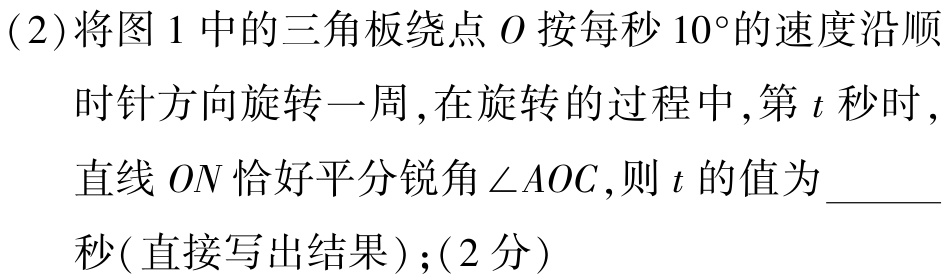
(2)将图1中的三角板绕点\(O\)按每秒\(10^{\circ}\)的速度沿顺时针方向旋转一周,在旋转的过程中,第\(t\)秒时,直线\(ON\)恰好平分锐角\(\angle AOC\),则\(t\)的值为______秒(直接写出结果);(2分)